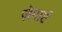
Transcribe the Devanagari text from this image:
ज़ेगार्ट